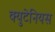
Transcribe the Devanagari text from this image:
क्युटेनियस